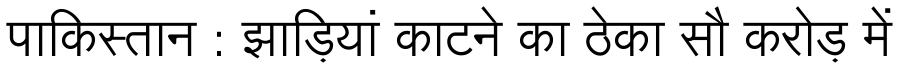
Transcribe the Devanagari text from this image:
पाकिस्तान : झाड़ियां काटने का ठेका सौ करोड़ में